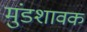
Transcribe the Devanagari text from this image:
मुंडशावक